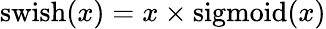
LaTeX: \mathrm{swish}(x)=x\times\mathrm{sigmoid}(x)